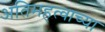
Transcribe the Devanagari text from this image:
अतिमहत्वाच्या